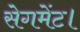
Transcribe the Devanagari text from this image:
सेगमेंट।